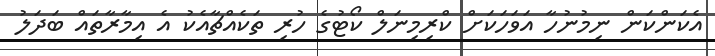
އެކަންކަން ނިމުނުހާ އަވަހަކަށް ކްރިމިނަލް ކޯޓުގެ ހުރި ތަކެއްޗާއެކު އެ އިމާރާތައް ބަދަލު